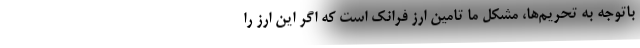
باتوجه به تحریم‌ها، مشکل ما تامین ارز فرانک است که اگر این ارز را